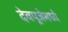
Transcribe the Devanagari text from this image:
देवपूजेमध्ये